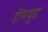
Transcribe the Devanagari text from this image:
डॅागवूड